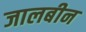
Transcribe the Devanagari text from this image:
जालबीन